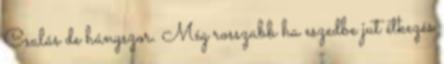
Csalás de hányszor. Még rosszabb ha eszedbe jut étkezés